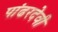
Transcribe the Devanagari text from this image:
पांढरदेवी